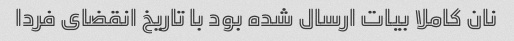
نان کاملا بیات ارسال شده بود با تاریخ انقضای فردا